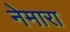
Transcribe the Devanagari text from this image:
नेमारा